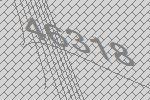
46318